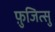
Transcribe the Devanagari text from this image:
फ़ुजित्सु